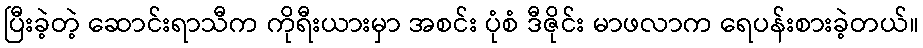
ပြီးခဲ့တဲ့ ဆောင်းရာသီက ကိုရီးယားမှာ အစင်း ပုံစံ ဒီဇိုင်း မာဖလာက ရေပန်းစားခဲ့တယ်။